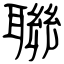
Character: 聯